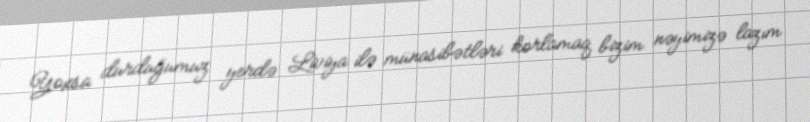
Yoxsa durduğumuz yerdə Liviya ilə münasibətləri korlamaq bizim nəyimizə lazım